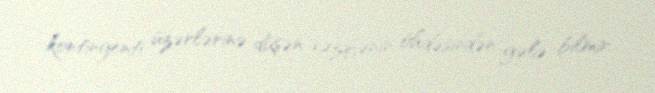
kontingenti üzərlərinə düşən vəzifənin öhdəsindən gələ bilmir.